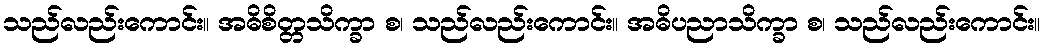
သည်လည်းကောင်း။ အဓိစိတ္တသိက္ခာ စ၊ သည်လည်းကောင်း။ အဓိပညာသိက္ခာ စ၊ သည်လည်းကောင်း။